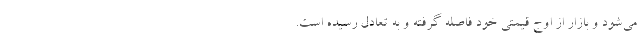
می‌شود و بازار از اوج قیمتی خود فاصله گرفته و به تعادل رسیده است.